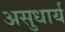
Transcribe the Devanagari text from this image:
असुधार्य